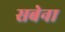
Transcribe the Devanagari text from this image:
सबेना